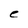
Character: e